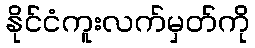
နိုင်ငံကူးလက်မှတ်ကို